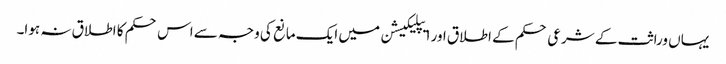
یہاں وراثت کے شرعی حکم کے اطلاق اور ایپلیکیشن میں ایک مانع کی وجہ سے اس حکم کا اطلاق نہ ہوا۔